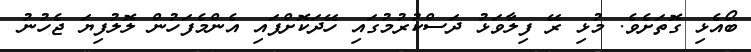
ބޯއެޅި ގޮތަށެވެ. މުޅި ރޭ ފިލާވަޅު ދަސްކުރުމުގައި ހޭދަކޮށްފައި އެންމެފަހުން ލޮލުފިޔަ ޖެހުނު